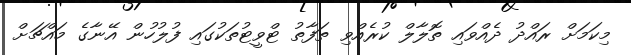
މިކަމަށް ރައްދު ދެއްވައި ތޮލާލް ކުރެއްވި ތަފާތު ޓްވީޓުތަކުގައި ފުލުހުން އޭނާގެ މައްޗަށް